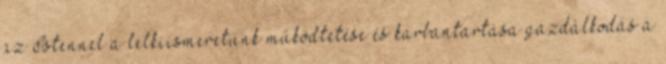
az Istennel a lelkiismeretünk működtetése és karbantartása gazdálkodás a